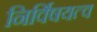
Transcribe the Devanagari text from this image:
निर्विषयत्व